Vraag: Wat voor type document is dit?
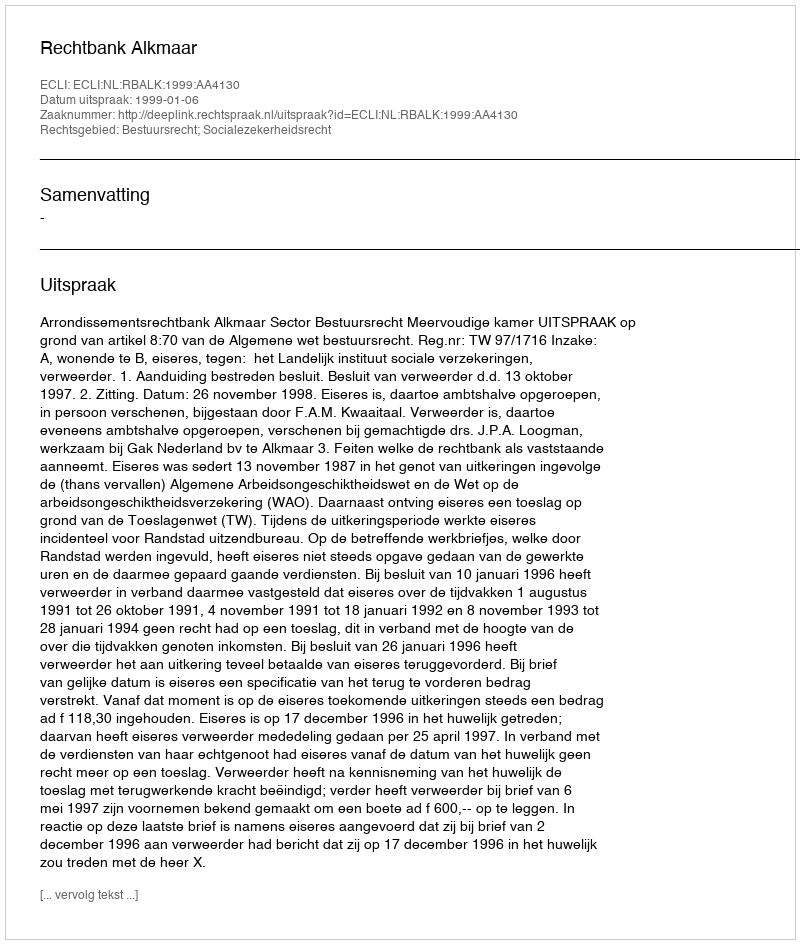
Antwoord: Uitspraak